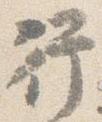
行